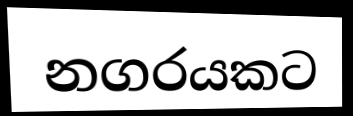
නගරයකට